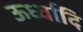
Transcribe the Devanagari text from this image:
ऊर्ध्वादि